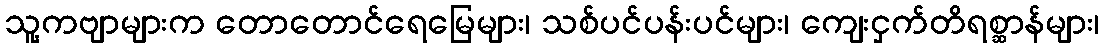
သူ့ကဗျာများက တောတောင်ရေမြေများ၊ သစ်ပင်ပန်းပင်များ၊ ကျေးငှက်တိရစ္ဆာန်များ၊